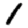
Digit: 1